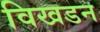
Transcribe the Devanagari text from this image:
विखडन